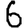
Digit: 6